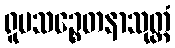
ရူပသဉ္စေတနာသုတ္တံ